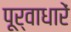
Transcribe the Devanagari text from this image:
पूर्वाधारें